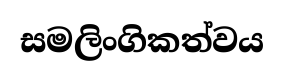
සමලිංගිකත්වය